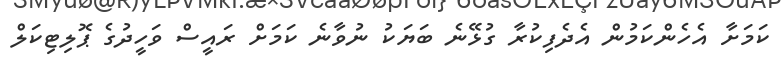
ކަމަށާ އެހެންކަމުން އެދެފިކުރާ ގުޅޭނެ ބަޔަކު ނުވާނެ ކަމަށް ރައީސް ވަހީދުގެ ޕޮލިޓިކަލް